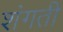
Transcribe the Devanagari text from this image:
शंगती